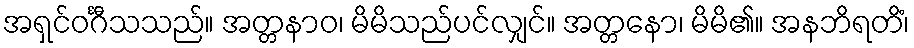
အရှင်ဝင်္ဂီသသည်။ အတ္တနာဝ၊ မိမိသည်ပင်လျှင်။ အတ္တနော၊ မိမိ၏။ အနဘိရတိံ၊